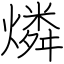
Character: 燐